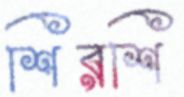
শিরশি